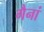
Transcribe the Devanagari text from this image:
गैनां